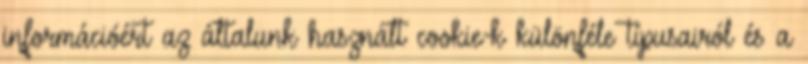
információért az általunk használt cookie-k különféle típusairól és a